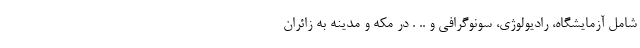
شامل آزمایشگاه، رادیولوژی، سونوگرافی و .. . در مکه و مدینه به زائران